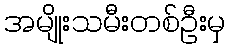
အမျိုးသမီးတစ်ဦးမှ